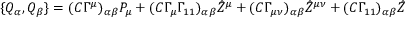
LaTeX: \{ Q _ { \alpha } , Q _ { \beta } \} = ( C \Gamma ^ { \mu } ) _ { \alpha \beta } P _ { \mu } + ( C \Gamma _ { \mu } \Gamma _ { 1 1 } ) _ { \alpha \beta } { \hat { Z } } ^ { \mu } + ( C \Gamma _ { \mu \nu } ) _ { \alpha \beta } { \hat { Z } } ^ { \mu \nu } + ( C \Gamma _ { 1 1 } ) _ { \alpha \beta } { \hat { Z } } \quad